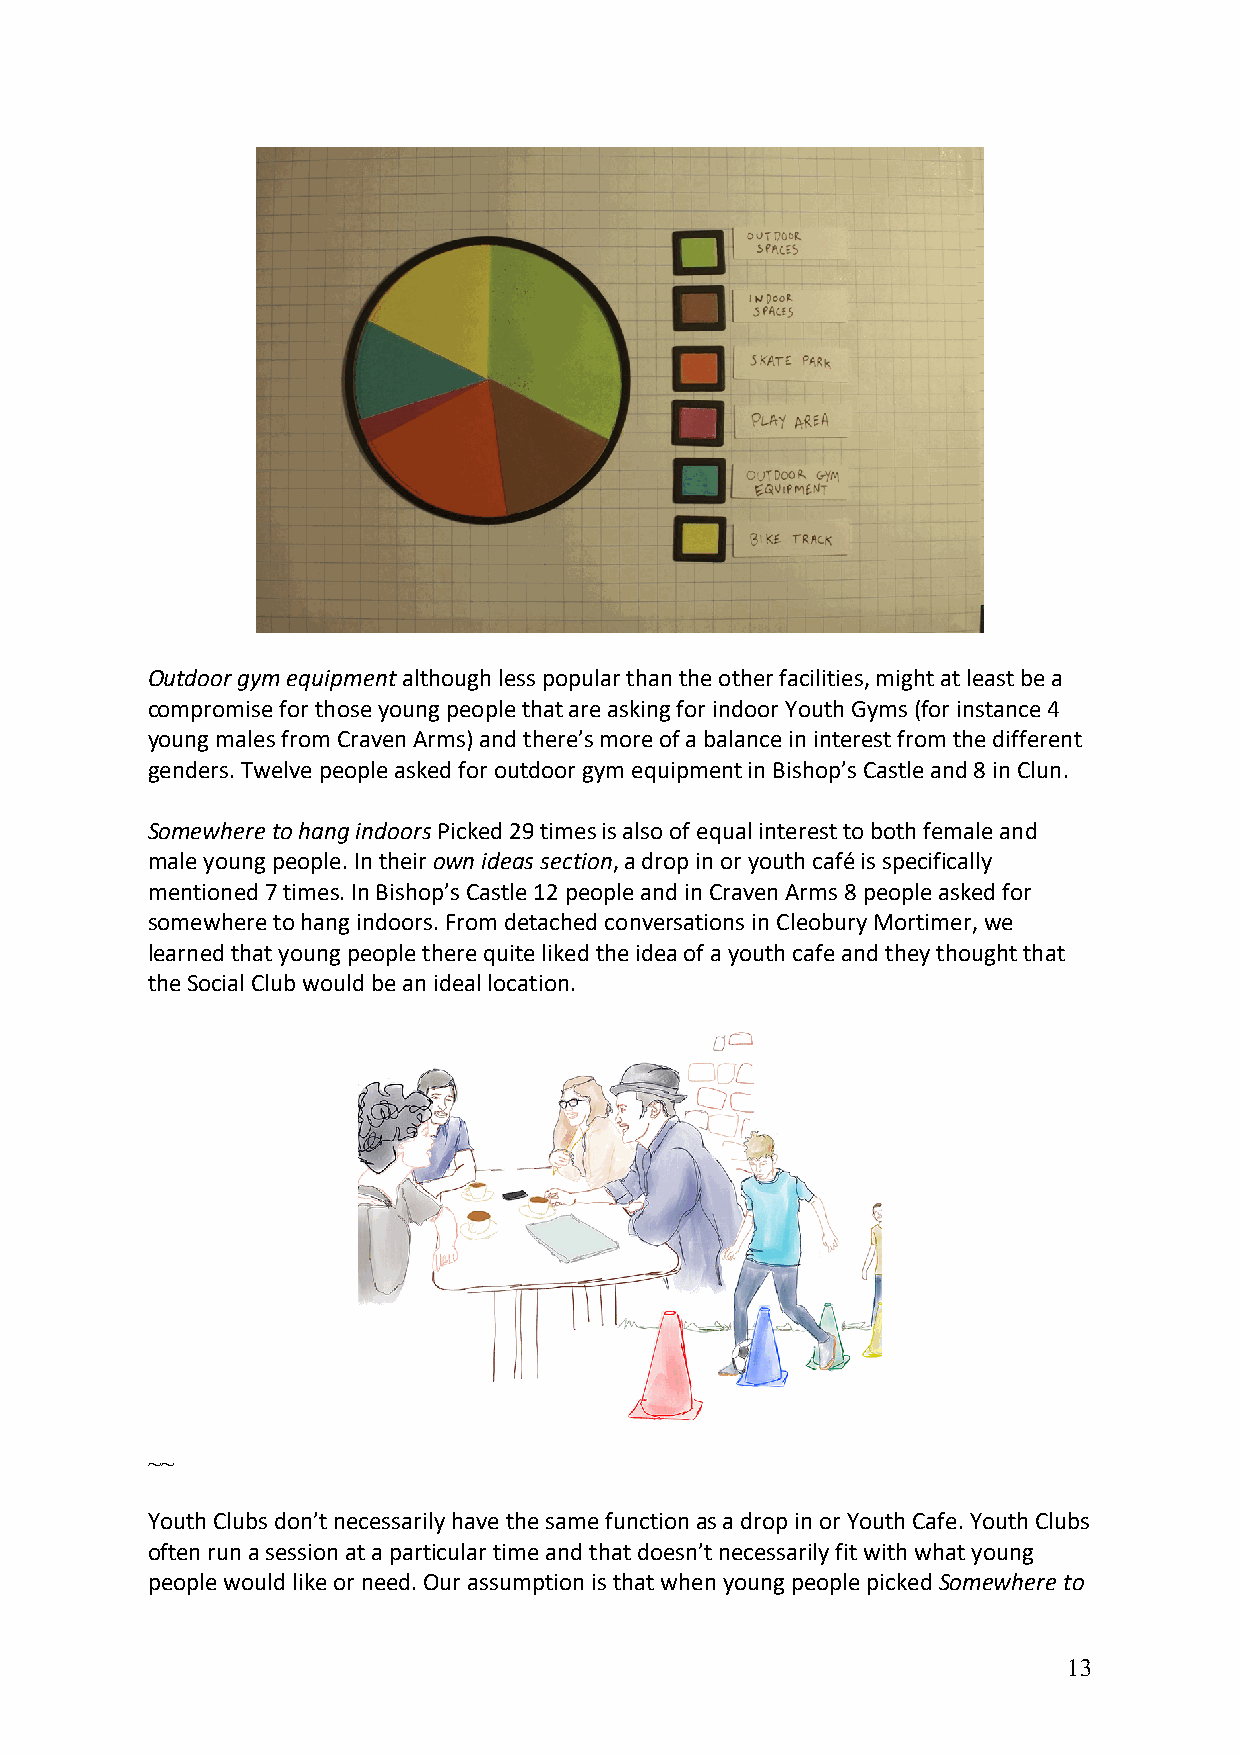
Outdoor gym equipment although less popular than the other facilities, might at least be a
 compromise for those young people that are asking for indoor Youth Gyms (for instance 4
 young males from Craven Arms) and there’s more of a balance in interest from the different
 genders. Twelve people asked for outdoor gym equipment in Bishop’s Castle and 8 in Clun.
 Somewhere to hang indoors Picked 29 times is also of equal interest to both female and
 male young people. In their own ideas section, a drop in or youth café is specifically
 mentioned 7 times. In Bishop’s Castle 12 people and in Craven Arms 8 people asked for
 somewhere to hang indoors. From detached conversations in Cleobury Mortimer, we
 learned that young people there quite liked the idea of a youth cafe and they thought that
 the Social Club would be an ideal location.
 ~~
 Youth Clubs don’t necessarily have the same function as a drop in or Youth Cafe. Youth Clubs
 often run a session at a particular time and that doesn’t necessarily fit with what young
 people would like or need. Our assumption is that when young people picked Somewhere to
 13